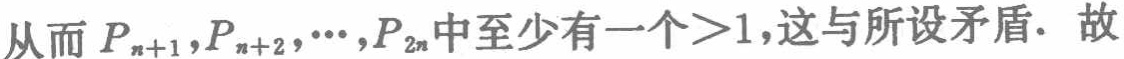
从而 \(P_{n + 1},P_{n + 2},\cdots,P_{2n}\) 中至少有一个\(>1\)，这与所设矛盾. 故